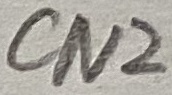
Text: CN2